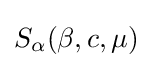
S_{\alpha }(\beta ,c,\mu )